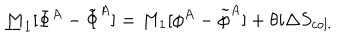
{ \underline { { M } } } _ { 1 } [ \Phi ^ { A } - \tilde { \Phi } ^ { A } ] = M _ { 1 } [ \phi ^ { A } - \tilde { \phi } ^ { A } ] + \theta i \Delta S _ { c o l . }